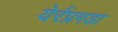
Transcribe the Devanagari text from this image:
येर्रप्रगडा